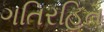
ગતિરહિત